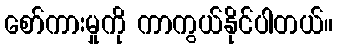
စော်ကားမှုကို ကာကွယ်နိုင်ပါတယ်။